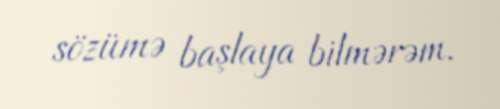
sözümə başlaya bilmərəm.